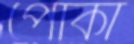
পোকা